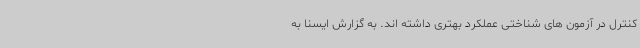
کنترل در آزمون های شناختی عملکرد بهتری داشته اند. به گزارش ایسنا به